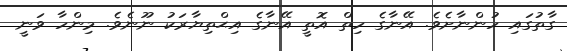
ގާތުގައި ހުންނާށެވެ. އޭނާގެ ހިތް އޮތީ އޭނާގެ އިޙްތިޔާރަކު ނޫނެވެ. މިންހާ ވަނީ